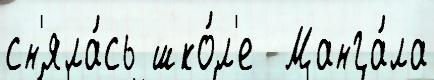
сн'яла́сь шко́л'е  Манга́ла